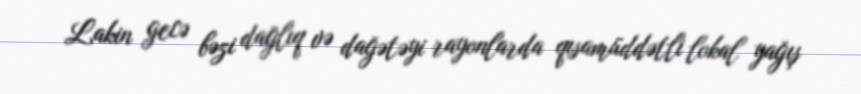
Lakin gecə bəzi dağlıq və dağətəyi rayonlarda qısamüddətli lokal yağış